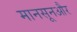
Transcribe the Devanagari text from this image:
मानसूनऔर